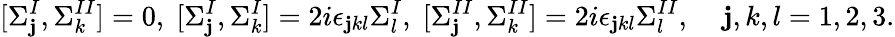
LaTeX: [\Sigma_{\mathbf{j}}^{I},\Sigma_{k}^{II}]=0,\; [\Sigma_{\mathbf{j}}^{I},\Sigma_{k}^{I}]=2i\epsilon_{\mathbf{j}kl}\Sigma_{l}^{I},\; [\Sigma_{\mathbf{j}}^{II},\Sigma_{k}^{II}]=2i\epsilon_{\mathbf{j}kl}\Sigma_{l}^{II},\; \; \; \; \mathbf{j},k,l=1,2,3.